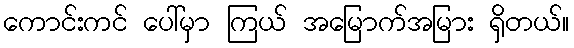
ကောင်းကင် ပေါ်မှာ ကြယ် အမြောက်အမြား ရှိတယ်။